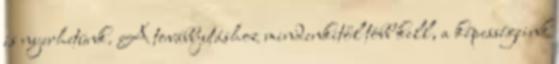
is nyerhetünk. A továbbjutáshoz mindenkitől több kell, a képességeink